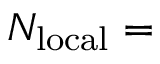
N _ { \mathrm { l o c a l } } =